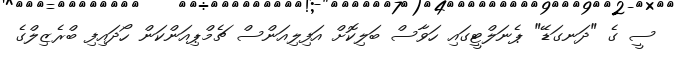
ސީ ގެ "ދަނގަޑޭ" ޕެނަލްޓީގައި ހަވާސް ބަލިކޮށް އަފިލިއަންސް ޗެމްޕިއަންކަން ހޯދައިފި ބްރެޒިލްގެ